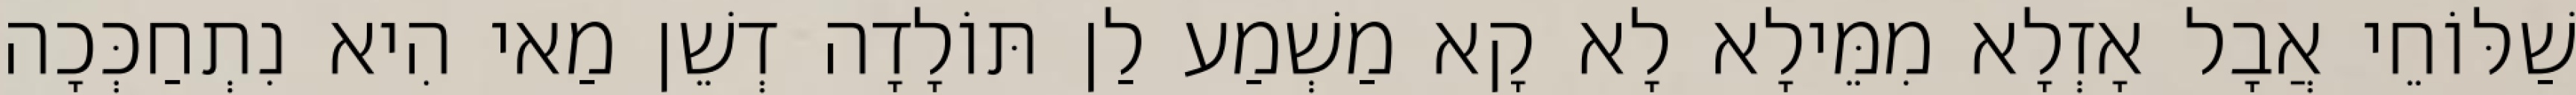
שַׁלּוֹחֵי אֲבָל אָזְלָא מִמֵּילָא לָא קָא מַשְׁמַע לַן תּוֹלָדָה דְשֵׁן מַאי הִיא נִתְחַכְּכָה